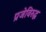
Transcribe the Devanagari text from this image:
प्रजेविरुद्ध